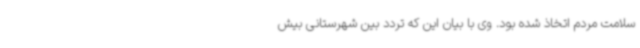
سلامت مردم اتخاذ شده بود. وی با بیان این که تردد بین شهرستانی بیش